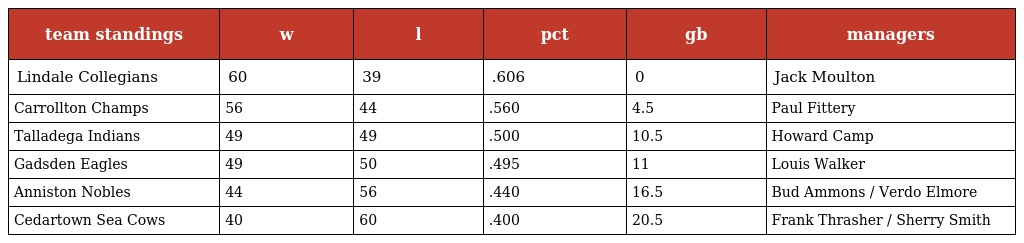
| team standings | w | l | pct | gb | managers |
 | --- | --- | --- | --- | --- | --- |
 | Lindale Collegians | 60 | 39 | .606 | 0 | Jack Moulton |
 | Carrollton Champs | 56 | 44 | .560 | 4.5 | Paul Fittery |
 | Talladega Indians | 49 | 49 | .500 | 10.5 | Howard Camp |
 | Gadsden Eagles | 49 | 50 | .495 | 11 | Louis Walker |
 | Anniston Nobles | 44 | 56 | .440 | 16.5 | Bud Ammons / Verdo Elmore |
 | Cedartown Sea Cows | 40 | 60 | .400 | 20.5 | Frank Thrasher / Sherry Smith |